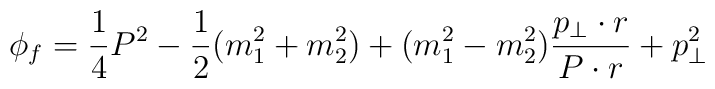
\phi_f= \frac{1}{4}P^2 - \frac{1}{2}(m^2_1 + m_2^2) + (m_1^2 - m_2^2)\frac{p_\bot \cdot r}{P \cdot r} + p_\bot^2